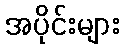
အပိုင်းများ